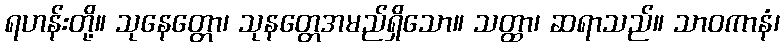
ရဟန်းတို့။ သုနေတ္တော၊ သုနတ္တေအမည်ရှိသော။ သတ္ထာ၊ ဆရာသည်။ သာဝကာနံ၊